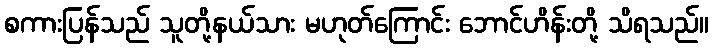
စကားပြန်သည် သူတို့နယ်သား မဟုတ်ကြောင်း ဘောင်ဟိန်းတို့ သိရသည်။